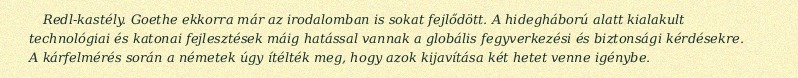
Redl-kastély. Goethe ekkorra már az irodalomban is sokat fejlődött. A hidegháború alatt kialakult technológiai és katonai fejlesztések máig hatással vannak a globális fegyverkezési és biztonsági kérdésekre. A kárfelmérés során a németek úgy ítélték meg, hogy azok kijavítása két hetet venne igénybe.